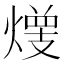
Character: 𱬋